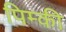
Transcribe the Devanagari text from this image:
पिम्की